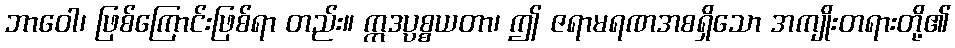
ဘာဝေါ၊ ဖြစ်ကြောင်းဖြစ်ရာ တည်း။ ဣဒပ္ပစ္စယတာ၊ ဤ ဇရာမရဏအစရှိသော အကျိုးတရားတို့၏